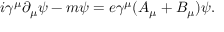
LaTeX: i \gamma ^ { \mu } \partial _ { \mu } \psi - m \psi = e \gamma ^ { \mu } ( A _ { \mu } + B _ { \mu } ) \psi .